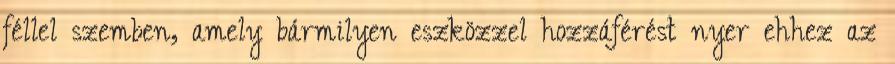
féllel szemben, amely bármilyen eszközzel hozzáférést nyer ehhez az